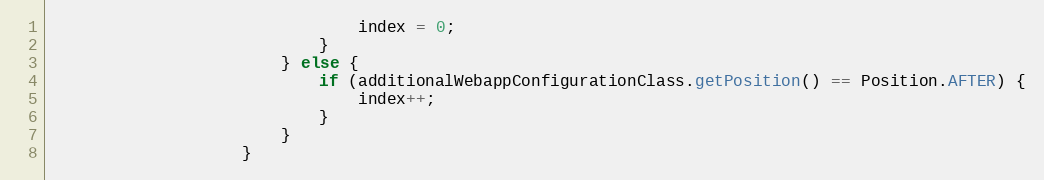
Language: Java
                                index = 0;
                            }
                        } else {
                            if (additionalWebappConfigurationClass.getPosition() == Position.AFTER) {
                                index++;
                            }
                        }
                    }